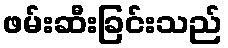
ဖမ်းဆီးခြင်းသည်